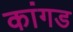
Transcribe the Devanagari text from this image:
कांगड